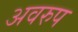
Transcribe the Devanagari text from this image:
अवरुप